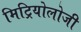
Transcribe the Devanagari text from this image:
मिट्रियोलोजी